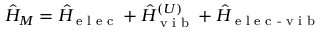
\hat { H } _ { M } = \hat { H } _ { \textrm { e l e c } } + \hat { H } _ { \textrm { v i b } } ^ { ( U ) } + \hat { H } _ { \textrm { e l e c - v i b } }